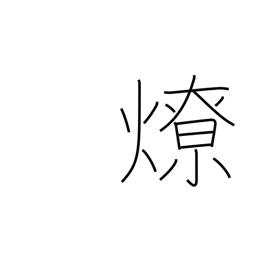
Meaning: bonfire